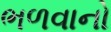
ભળવાનો